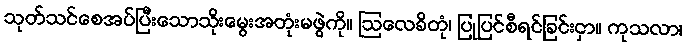
သုတ်သင်စေအပ်ပြီးသောသိုးမွေးအတုံးမဖွဲကို။ ဩလေခိတုံ၊ ပြုပြင်စီရင်ခြင်းငှာ။ ကုသလာ၊